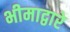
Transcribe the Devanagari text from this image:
भीमाद्वारे